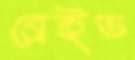
ব্রেইভ